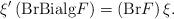
LaTeX: \begin{align*}\xi ^{\prime }\left( \mathrm{BrBialg}F\right) =\left( \mathrm{Br}F\right)\xi . \end{align*}